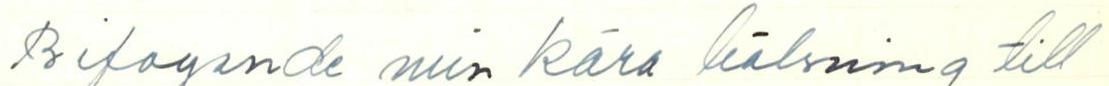
Bifogande min kära hälsning till